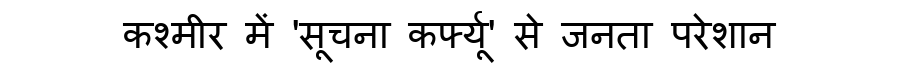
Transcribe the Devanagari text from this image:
कश्मीर में 'सूचना कर्फ्यू' से जनता परेशान